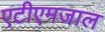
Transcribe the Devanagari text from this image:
एटीएमजाल